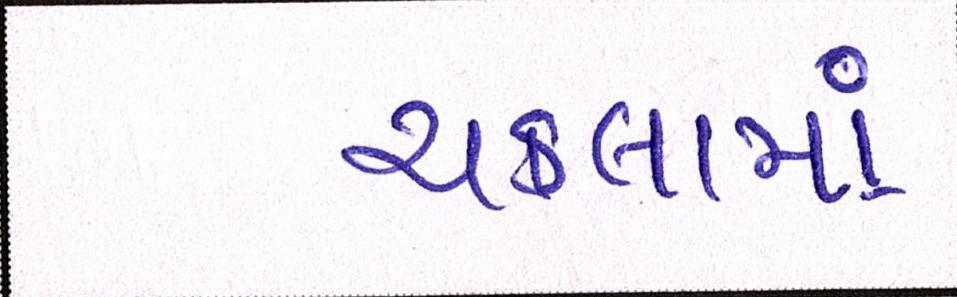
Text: ચકલામાં